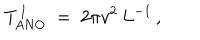
T _ { \mathrm { A N O } } ^ { \, \mathrm { I } } \ = \ { 2 \pi v ^ { 2 } } \, L ^ { - 1 } \, ,